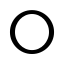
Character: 〇